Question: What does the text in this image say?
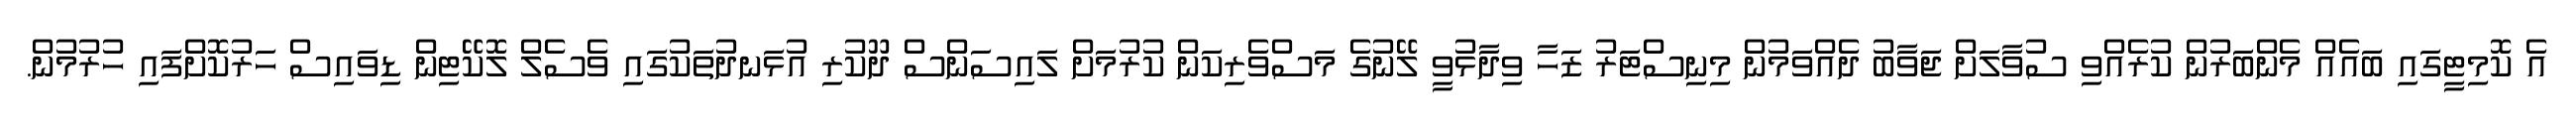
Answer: އެ ކޮމިޓީގައި ބައެއް މެންބަރުން ކުރެއްވި ސުވާލަށް ޖަވާބު ދެއްވަމުން މިނިސްޓަރު ޒަހާ ވިދާޅުވީ ލޭނުގެ މަސްވެރިކަން ކުރުމަށް ލައިސަންސް ދޫކުރި އުޅަނދުތަކުގައި ވެސެލް ލޮކޭޓިން ޑިވައިސް ހަރުކޮށްފައި ހުރުމުން.